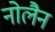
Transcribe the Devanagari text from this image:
नोलैन